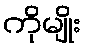
ကိုမျိုး